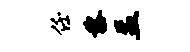
任黎盂